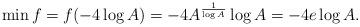
LaTeX: \begin{align*} \min f = f( - 4 \log A ) = - 4 A^{\frac1{\log A}} \log A = - 4 e \log A.\end{align*}